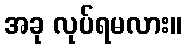
အခု လုပ်ရမလား။